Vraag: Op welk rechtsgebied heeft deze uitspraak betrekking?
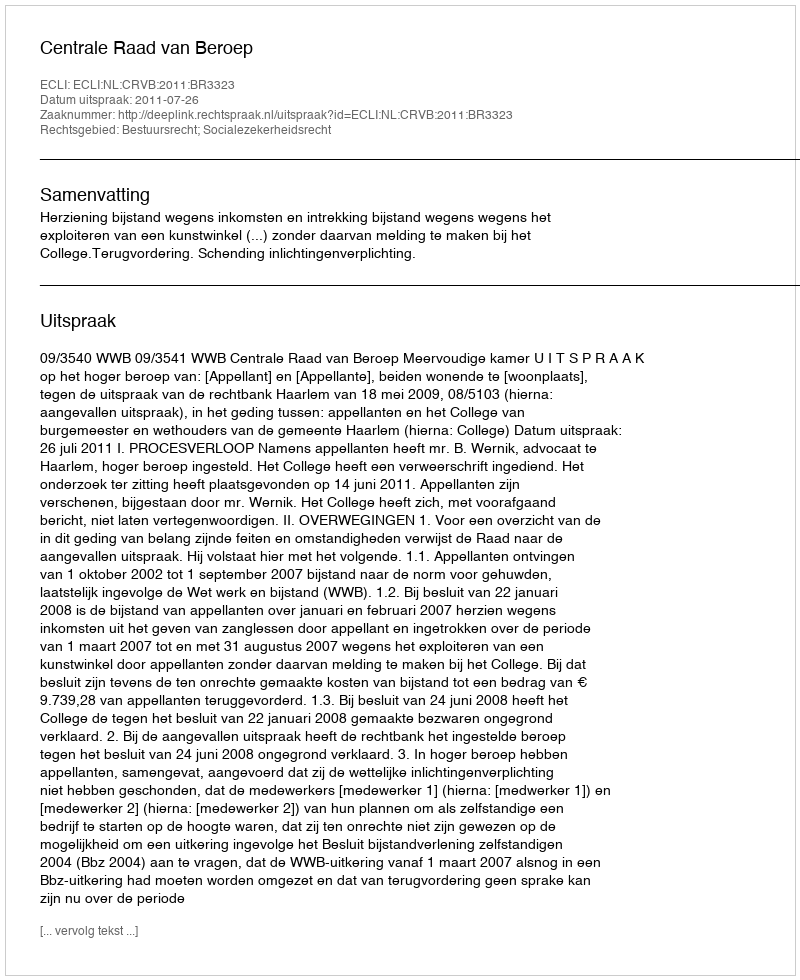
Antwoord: Bestuursrecht; Socialezekerheidsrecht